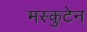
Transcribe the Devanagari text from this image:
मस्कुटेन